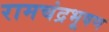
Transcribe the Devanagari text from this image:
रामचंद्रभूषण